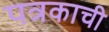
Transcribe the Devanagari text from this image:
पत्रकाची